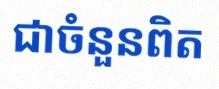
សន្មតថា x ជាចំនួនពិត